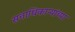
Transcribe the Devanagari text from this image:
सत्ताधिकाऱ्यांच्या